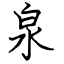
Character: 泉